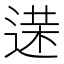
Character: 𨔘